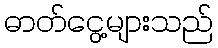
ဓာတ်ငွေ့များသည်